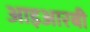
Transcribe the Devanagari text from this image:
आइआरबी